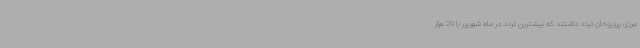
مرزی پرویزخان تردد داشتند که بیشترین تردد در ماه شهریور با 29 هزار